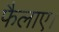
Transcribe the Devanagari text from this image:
फैलाए।